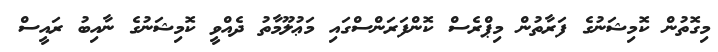
މިގޮތުން ކޮމިޝަނުގެ ފަރާތުން މިޕްރެސް ކޮންފަރަންސްގައި މަޢުލޫމާތު ދެއްވީ ކޮމިޝަނުގެ ނާއިބު ރައީސް